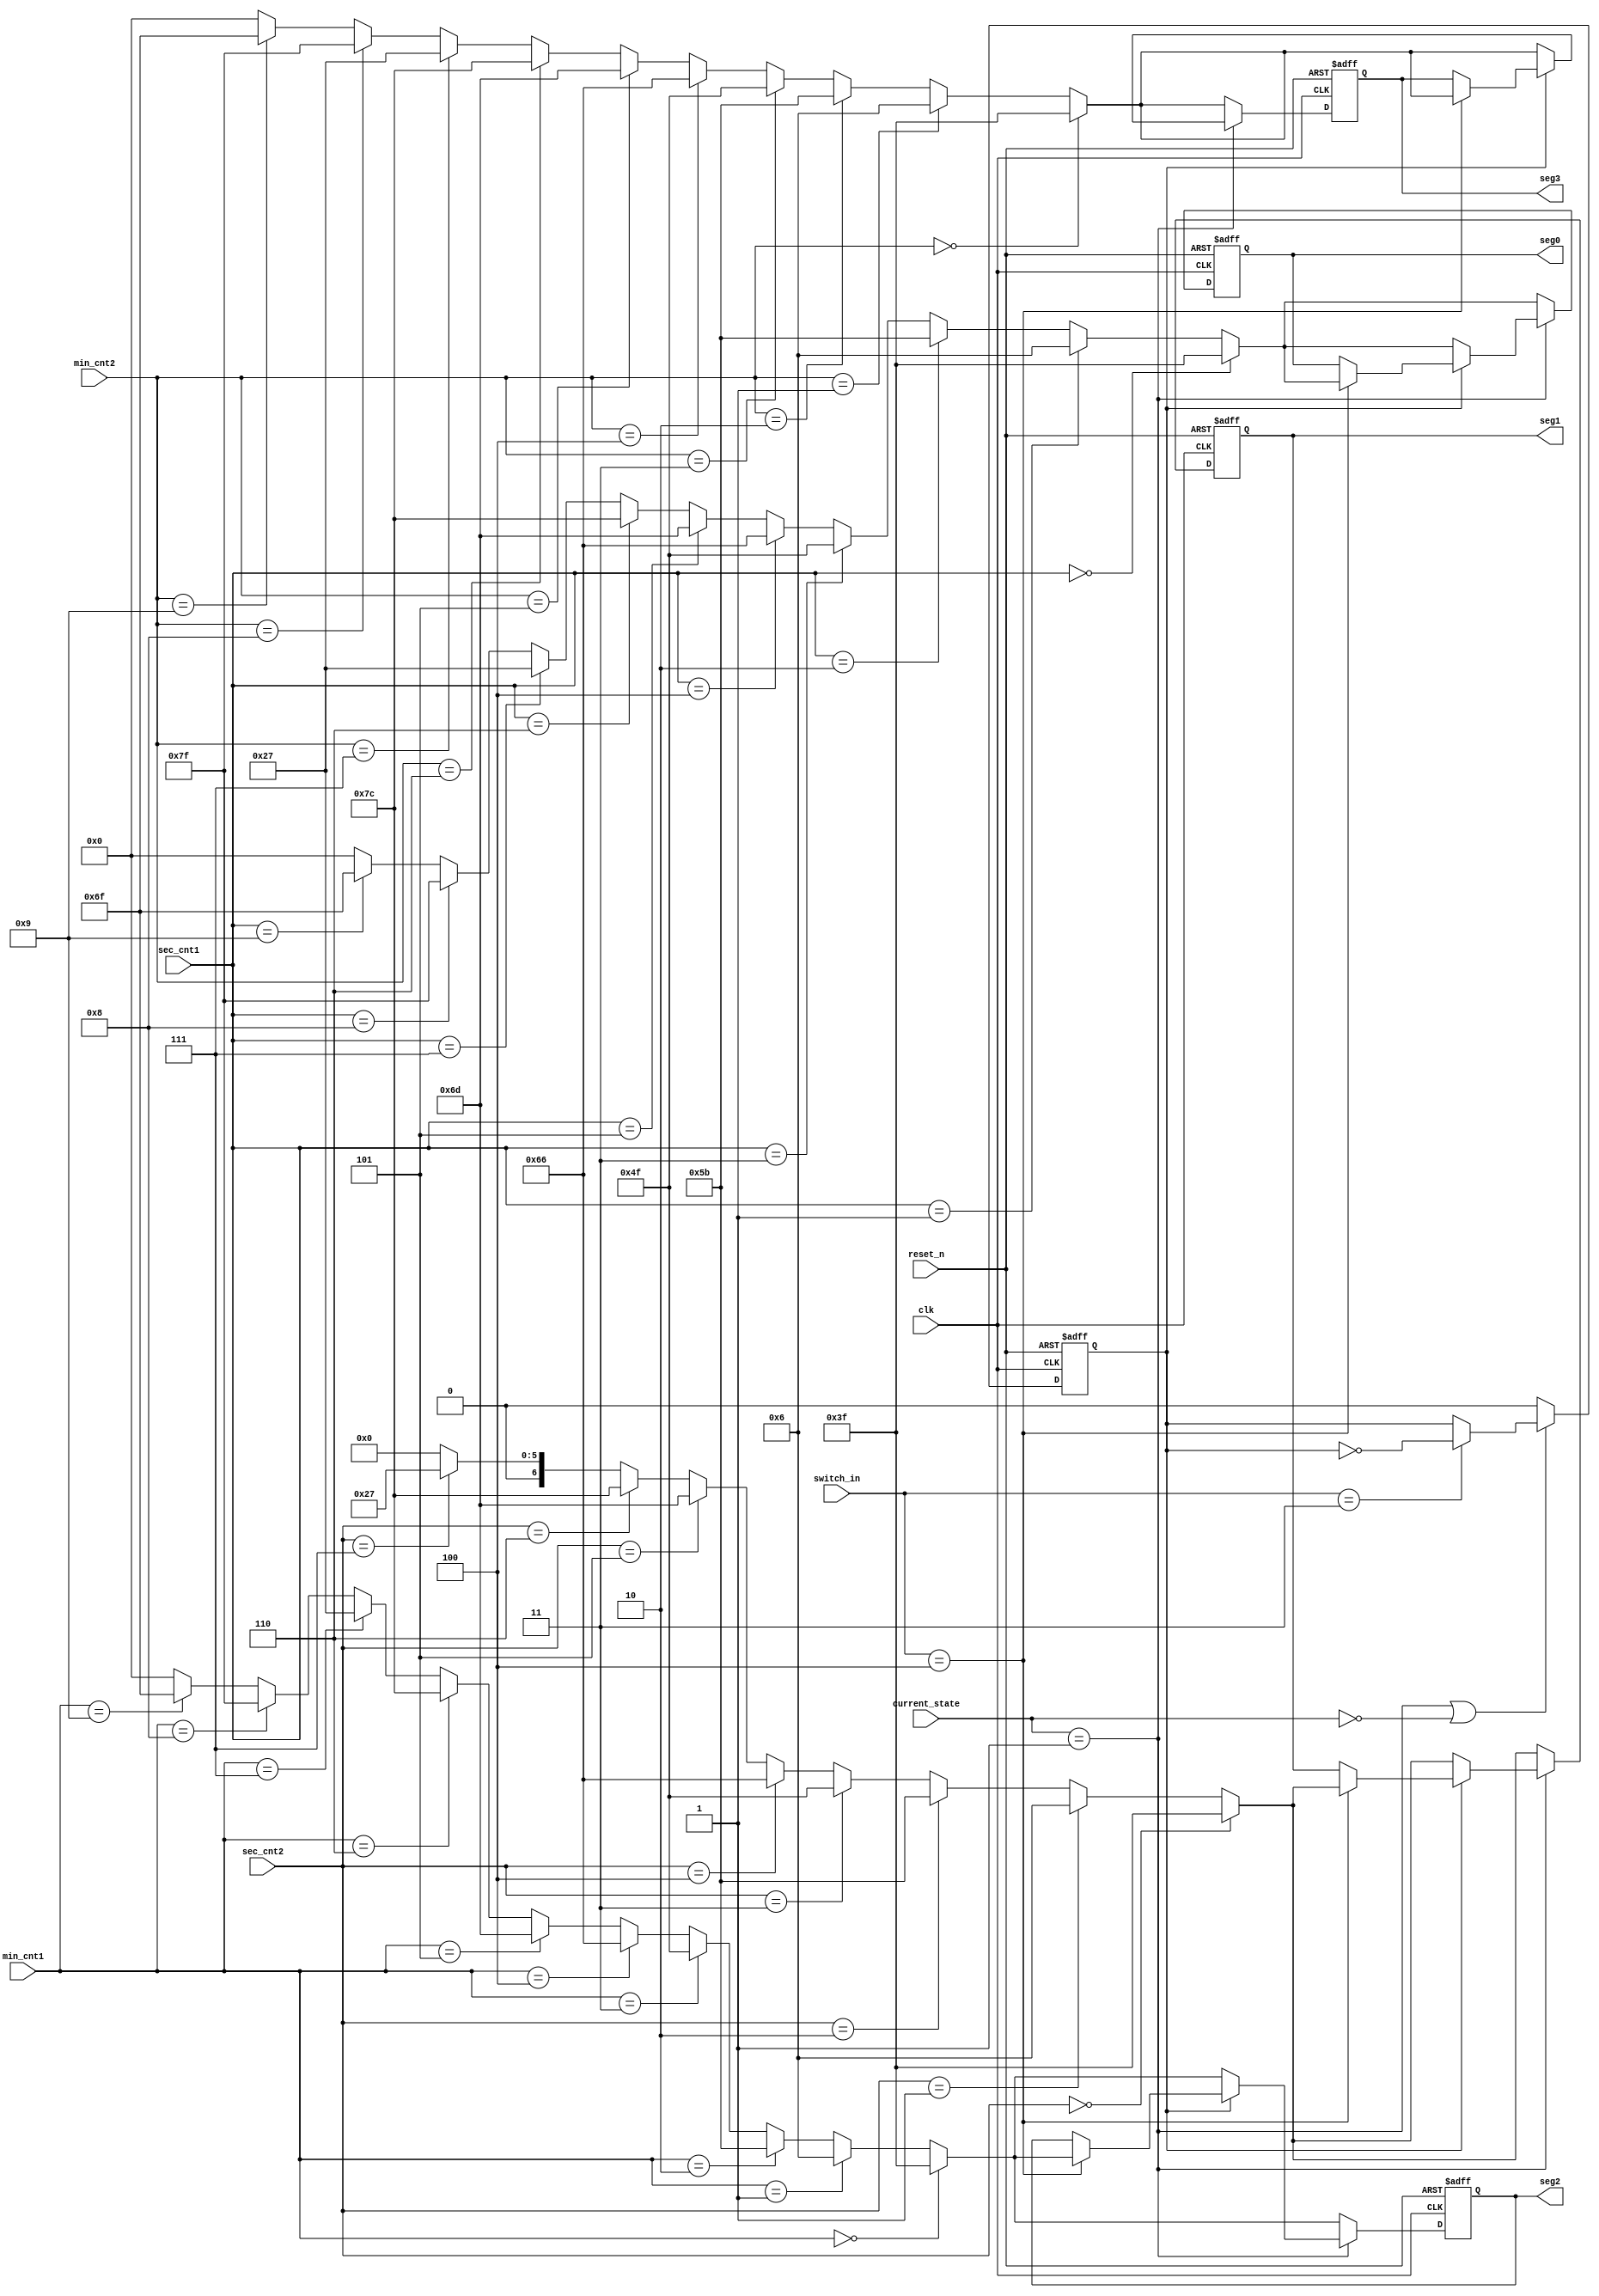
//Kang HB
`timescale 1ns / 1ps

module sseg(

input clk,
input reset_n,
input [1:0] current_state,
input[3:0]min_cnt2,
input[3:0]min_cnt1,
input[2:0]sec_cnt2,
input[3:0]sec_cnt1,
input [2:0]switch_in,
output reg [6:0]   seg0,
output reg [6:0]   seg1,
output reg [6:0]   seg2,
output reg [6:0]   seg3

);

localparam up_wait = 2'b00;
localparam up_run = 2'b01;
localparam down_wait = 2'b10;
localparam down_run = 2'b11;

localparam d0 = 4'd0;
localparam d1 = 4'd1;
localparam d2 = 4'd2;
localparam d3 = 4'd3;    
localparam d4 = 4'd4;
localparam d5 = 4'd5;
localparam d6 = 4'd6;
localparam d7 = 4'd7;
localparam d8 = 4'd8;
localparam d9 = 4'd9;

localparam n0 = 7'b011_1111;
localparam n1 = 7'b000_0110;
localparam n2 = 7'b101_1011;
localparam n3 = 7'b100_1111;    
localparam n4 = 7'b110_0110;
localparam n5 = 7'b110_1101;
localparam n6 = 7'b111_1100;
localparam n7 = 7'b010_0111;
localparam n8 = 7'b111_1111;
localparam n9 = 7'b110_1111;
localparam nl = 7'b000_0000;
localparam no = 7'b100_0000;
reg lap_on;
//reg seg0w, seg1w, seg2w, seg3w;
always @(posedge clk or negedge reset_n) begin
    if(!reset_n) begin
        lap_on<=0;
    end
    else if(current_state==up_run||current_state==up_wait) begin
        if(switch_in==3)begin
            lap_on<=~lap_on;
        end
        else begin
            lap_on<=lap_on;
        end
    end
    else begin
        lap_on<=0;
    end
end


always @ (posedge clk or negedge reset_n)begin
    if(!reset_n)begin
        seg0<=no;
        seg1<=no;
        seg2<=no;
        seg3<=no;
    end
    else if(current_state==up_run)begin
        if(lap_on)begin
            if(switch_in==4)begin
                if (sec_cnt1==0)
                    seg0<=n0;
                else if(sec_cnt1==1)
                    seg0<=n1;
                else if(sec_cnt1==2)
                    seg0<=n2;
                else if(sec_cnt1==3)
                    seg0<=n3;
                else if(sec_cnt1==4)
                    seg0<=n4;
                else if(sec_cnt1==5)
                    seg0<=n5;
                else if(sec_cnt1==6)
                    seg0<=n6;
                else if(sec_cnt1==7)
                    seg0<=n7;
                else if(sec_cnt1==8)
                    seg0<=n8;
                else if(sec_cnt1==9)
                    seg0<=n9;
                else
                    seg0<=nl;
                ///
                if (sec_cnt2==0)
                    seg1<=n0;
                else if(sec_cnt2==1)
                    seg1<=n1;
                else if(sec_cnt2==2)
                    seg1<=n2;
                else if(sec_cnt2==3)
                    seg1<=n3;
                else if(sec_cnt2==4)
                    seg1<=n4;
                else if(sec_cnt2==5)
                    seg1<=n5;
                else if(sec_cnt2==6)
                    seg1<=n6;
                else if(sec_cnt2==7)
                    seg1<=n7;
                else if(sec_cnt2==8)
                    seg1<=n8;
                else if(sec_cnt2==9)
                    seg1<=n9;
                else
                    seg1<=nl;      
///
                if (min_cnt1==0)
                    seg2<=n0;
                else if(min_cnt1==1)
                    seg2<=n1;
                else if(min_cnt1==2)
                    seg2<=n2;
                else if(min_cnt1==3)
                    seg2<=n3;
                else if(min_cnt1==4)
                    seg2<=n4;
                else if(min_cnt1==5)
                    seg2<=n5;
                else if(min_cnt1==6)
                    seg2<=n6;
                else if(min_cnt1==7)
                    seg2<=n7;
                else if(min_cnt1==8)
                    seg2<=n8;
                else if(min_cnt1==9)
                    seg2<=n9;
                else
                    seg2<=nl;   
///
                if (min_cnt2==d0)
                    seg3<=n0;
                else if(min_cnt2==1)
                    seg3<=n1;
                else if(min_cnt2==2)
                    seg3<=n2;
                else if(min_cnt2==3)
                    seg3<=n3;
                else if(min_cnt2==4)
                    seg3<=n4;
                else if(min_cnt2==5)
                    seg3<=n5;
                else if(min_cnt2==6)
                    seg3<=n6;
                else if(min_cnt2==7)
                    seg3<=n7;
                else if(min_cnt2==8)
                    seg3<=n8;
                else if(min_cnt2==9)
                    seg3<=n9;
                else
                    seg3<=nl;     
            end
            else begin
                seg0<=seg0;
                seg1<=seg1;
                seg2<=seg2;
                seg3<=seg3;
            end
        end
        else begin
            if (sec_cnt1==0)
            seg0<=n0;
        else if(sec_cnt1==1)
            seg0<=n1;
        else if(sec_cnt1==2)
            seg0<=n2;
        else if(sec_cnt1==3)
            seg0<=n3;
        else if(sec_cnt1==4)
            seg0<=n4;
        else if(sec_cnt1==5)
            seg0<=n5;
        else if(sec_cnt1==6)
            seg0<=n6;
        else if(sec_cnt1==7)
            seg0<=n7;
        else if(sec_cnt1==8)
            seg0<=n8;
        else if(sec_cnt1==9)
            seg0<=n9;
        else
            seg0<=nl;
        ///
        if (sec_cnt2==0)
            seg1<=n0;
        else if(sec_cnt2==1)
            seg1<=n1;
        else if(sec_cnt2==2)
            seg1<=n2;
        else if(sec_cnt2==3)
            seg1<=n3;
        else if(sec_cnt2==4)
            seg1<=n4;
        else if(sec_cnt2==5)
            seg1<=n5;
        else if(sec_cnt2==6)
            seg1<=n6;
        else if(sec_cnt2==7)
            seg1<=n7;
        else if(sec_cnt2==8)
            seg1<=n8;
        else if(sec_cnt2==9)
            seg1<=n9;
        else
            seg1<=nl;      
///
        if (min_cnt1==0)
            seg2<=n0;
        else if(min_cnt1==1)
            seg2<=n1;
        else if(min_cnt1==2)
            seg2<=n2;
        else if(min_cnt1==3)
            seg2<=n3;
        else if(min_cnt1==4)
            seg2<=n4;
        else if(min_cnt1==5)
            seg2<=n5;
        else if(min_cnt1==6)
            seg2<=n6;
        else if(min_cnt1==7)
            seg2<=n7;
        else if(min_cnt1==8)
            seg2<=n8;
        else if(min_cnt1==9)
            seg2<=n9;
        else
            seg2<=nl;   
///
        if (min_cnt2==d0)
            seg3<=n0;
        else if(min_cnt2==1)
            seg3<=n1;
        else if(min_cnt2==2)
            seg3<=n2;
        else if(min_cnt2==3)
            seg3<=n3;
        else if(min_cnt2==4)
            seg3<=n4;
        else if(min_cnt2==5)
            seg3<=n5;
        else if(min_cnt2==6)
            seg3<=n6;
        else if(min_cnt2==7)
            seg3<=n7;
        else if(min_cnt2==8)
            seg3<=n8;
        else if(min_cnt2==9)
            seg3<=n9;
        else
            seg3<=nl;
        end
    end
    else begin
        if (sec_cnt1==0)
            seg0<=n0;
        else if(sec_cnt1==1)
            seg0<=n1;
        else if(sec_cnt1==2)
            seg0<=n2;
        else if(sec_cnt1==3)
            seg0<=n3;
        else if(sec_cnt1==4)
            seg0<=n4;
        else if(sec_cnt1==5)
            seg0<=n5;
        else if(sec_cnt1==6)
            seg0<=n6;
        else if(sec_cnt1==7)
            seg0<=n7;
        else if(sec_cnt1==8)
            seg0<=n8;
        else if(sec_cnt1==9)
            seg0<=n9;
        else
            seg0<=nl;
        ///
        if (sec_cnt2==0)
            seg1<=n0;
        else if(sec_cnt2==1)
            seg1<=n1;
        else if(sec_cnt2==2)
            seg1<=n2;
        else if(sec_cnt2==3)
            seg1<=n3;
        else if(sec_cnt2==4)
            seg1<=n4;
        else if(sec_cnt2==5)
            seg1<=n5;
        else if(sec_cnt2==6)
            seg1<=n6;
        else if(sec_cnt2==7)
            seg1<=n7;
        else if(sec_cnt2==8)
            seg1<=n8;
        else if(sec_cnt2==9)
            seg1<=n9;
        else
            seg1<=nl;      
///
        if (min_cnt1==0)
            seg2<=n0;
        else if(min_cnt1==1)
            seg2<=n1;
        else if(min_cnt1==2)
            seg2<=n2;
        else if(min_cnt1==3)
            seg2<=n3;
        else if(min_cnt1==4)
            seg2<=n4;
        else if(min_cnt1==5)
            seg2<=n5;
        else if(min_cnt1==6)
            seg2<=n6;
        else if(min_cnt1==7)
            seg2<=n7;
        else if(min_cnt1==8)
            seg2<=n8;
        else if(min_cnt1==9)
            seg2<=n9;
        else
            seg2<=nl;   
///
        if (min_cnt2==d0)
            seg3<=n0;
        else if(min_cnt2==1)
            seg3<=n1;
        else if(min_cnt2==2)
            seg3<=n2;
        else if(min_cnt2==3)
            seg3<=n3;
        else if(min_cnt2==4)
            seg3<=n4;
        else if(min_cnt2==5)
            seg3<=n5;
        else if(min_cnt2==6)
            seg3<=n6;
        else if(min_cnt2==7)
            seg3<=n7;
        else if(min_cnt2==8)
            seg3<=n8;
        else if(min_cnt2==9)
            seg3<=n9;
        else
            seg3<=nl;                                                           
    end
end


endmodule